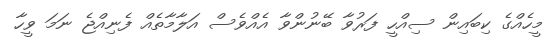
މީހެއްގެ ކިބައިން ސިއްހީ ފަރުވާ ބޭނުންވާ އެއްވެސް އަލާމާތެއް ފެނިއްޖެ ނަމަ ވީހާ